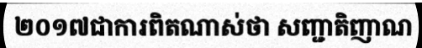
២០១៧ជាការពិតណាស់ថា សញ្ជាតិញាណ